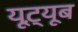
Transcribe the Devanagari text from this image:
यूट़्यूब